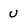
Character: U